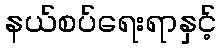
နယ်စပ်ရေးရာနှင့်